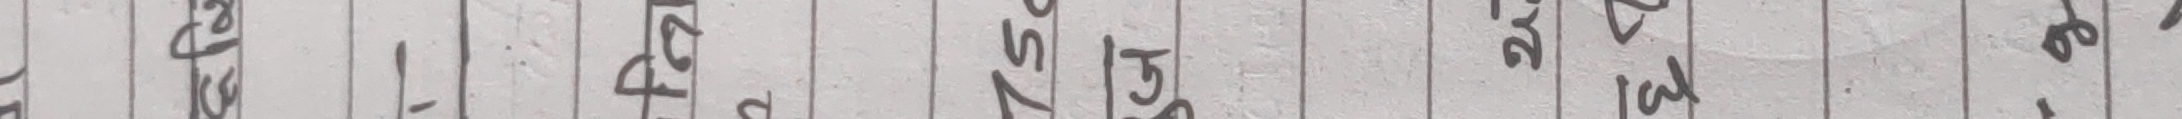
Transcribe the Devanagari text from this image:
फटाउनै पर्ने हो। सजिलैसंग दिइहाल्ने भए